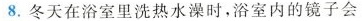
8. 冬天在浴室里洗热水澡时，浴室内的镜子会